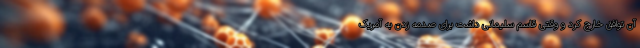
آن توافق خارج کرد و وقتی قاسم سلیمانی داشت برای صدمه زدن به آمریک